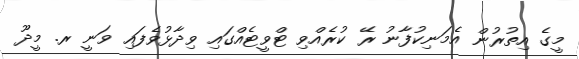
މީގެ އިތުރުން އެމަނިކުފާނު ރޭ ކުރެއްވި ޓްވީޓެއްގައި ވިދާޅުވެފައި ވަނީ ރ. މީދޫ